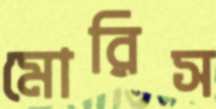
মোরিস